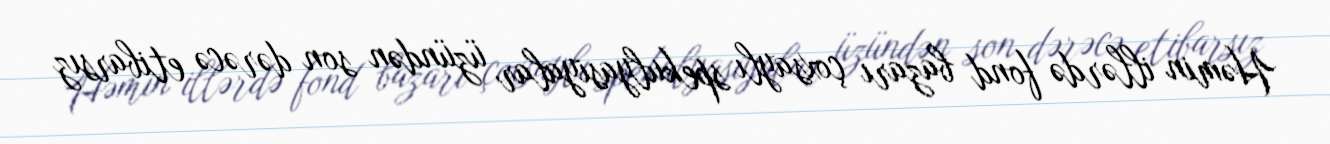
Həmin illərdə fond bazarı çoxsaylı spekulyasiyalar üzündən son dərəcə etibarsız